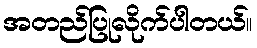
အတည်ပြုလိုက်ပါတယ်။